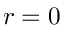
r = 0